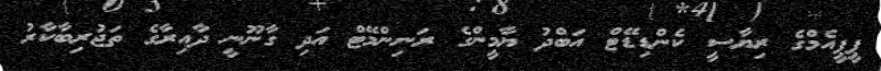
ޕީޕީއެމްގެ ރިޔާސީ ކެންޑިޑޭޓް އަބްދު ޔާމީންގެ ރަނިންމޭޓް އަދި ގާނޫނީ ދާއިރާގެ ތަޖުރިބާކާރު